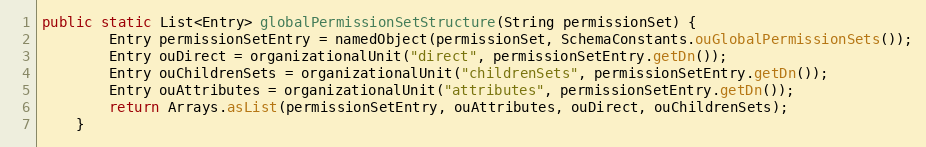
Language: Java
public static List<Entry> globalPermissionSetStructure(String permissionSet) {
        Entry permissionSetEntry = namedObject(permissionSet, SchemaConstants.ouGlobalPermissionSets());
        Entry ouDirect = organizationalUnit("direct", permissionSetEntry.getDn());
        Entry ouChildrenSets = organizationalUnit("childrenSets", permissionSetEntry.getDn());
        Entry ouAttributes = organizationalUnit("attributes", permissionSetEntry.getDn());
        return Arrays.asList(permissionSetEntry, ouAttributes, ouDirect, ouChildrenSets);
    }